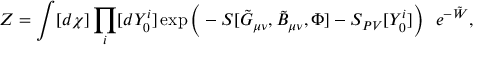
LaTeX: Z = \int [ d \chi ] \prod _ { i } [ d Y _ { 0 } ^ { i } ] \exp \Big ( - S [ \tilde { G } _ { \mu \nu } , \tilde { B } _ { \mu \nu } , \Phi ] - S _ { P V } [ Y _ { 0 } ^ { i } ] \Big ) \ \ e ^ { - \tilde { W } } , \nonumber \,